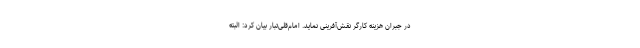
در جبران هزینه کارگر نقش‌آفرینی نماید. امام‌قلی‌تبار بیان کرد: البته